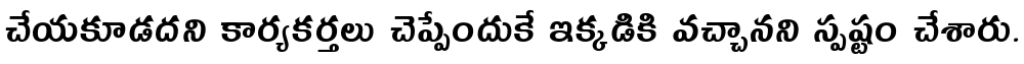
చేయకూడదని కార్యకర్తలు చెప్పేందుకే ఇక్కడికి వచ్చానని స్పష్టం చేశారు.